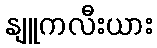
နျူကလီးယား